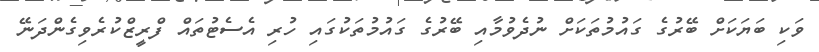
ވަކި ބަޔަކަށް ބޭރުގެ ގައުމުތަކަށް ނުދެވުމާއި ބޭރުގެ ގައުމުތަކުގައި ހުރި އެސެޓުތައް ފްރީޒްކުރެވިގެންދަނޭ